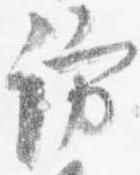
訪